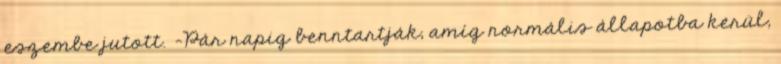
eszembe jutott. -Pár napig benntartják, amíg normális állapotba kerül,